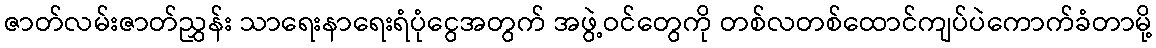
ဇာတ်လမ်းဇာတ်ညွှန်း သာရေးနာရေးရံပုံငွေအတွက် အဖွဲ့ဝင်တွေကို တစ်လတစ်ထောင်ကျပ်ပဲကောက်ခံတာမို့